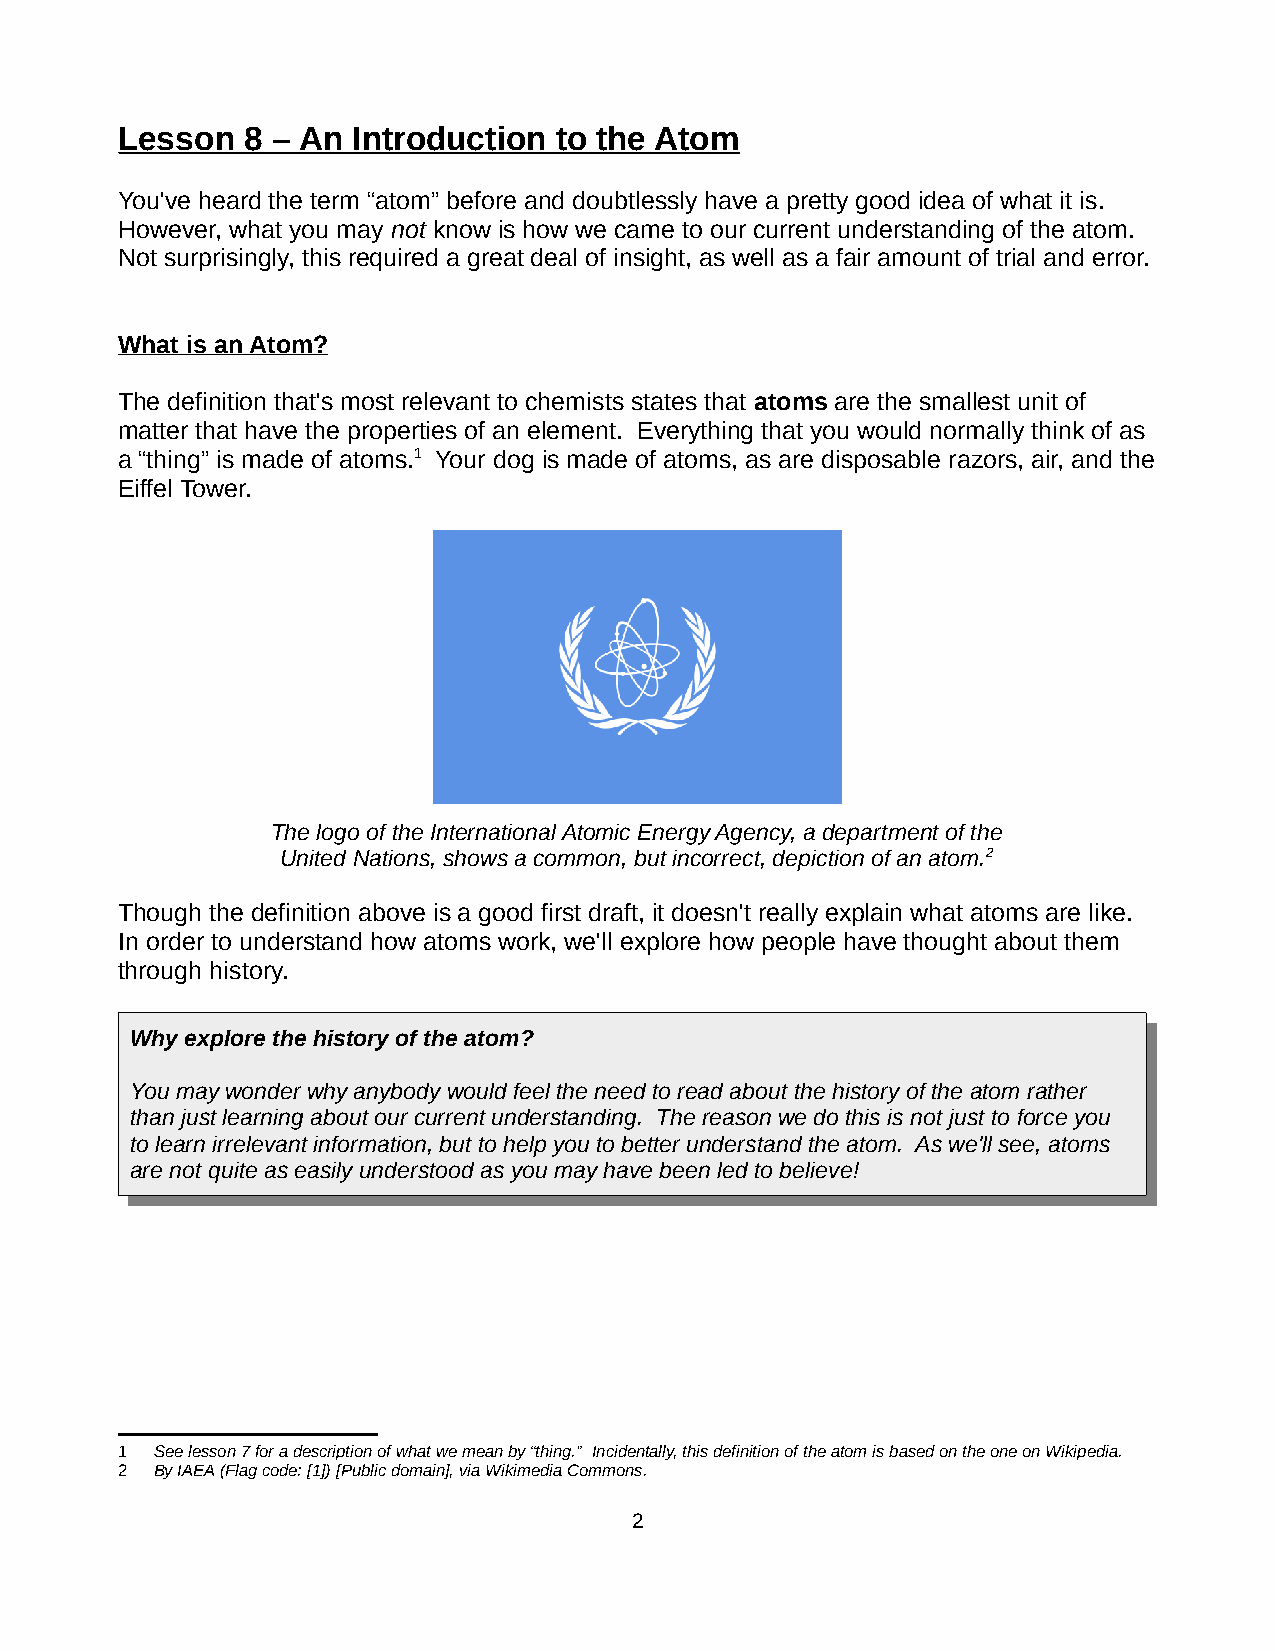
Lesson  8 – An Introduction  to the Atom
 You've heard the term “atom” before and doubtlessly have a pretty good idea of what it is.
 However, what you may not know is how we came to our current understanding of the atom.
 Not surprisingly, this required a great deal of insight, as well as a fair amount of trial and error.
 What is an Atom?
 The definition that's most relevant to chemists states that atoms are the smallest unit of
 matter that have the properties of an element. Everything that you would normally think of as
 a “thing” is made of atoms.1 Your dog is made of atoms, as are disposable razors, air, and the
 Eiffel Tower.
 The logo of the International Atomic Energy Agency, a department of the
 United Nations, shows a common, but incorrect, depiction of an atom.2
 Though the definition above is a good first draft, it doesn't really explain what atoms are like.
 In order to understand how atoms work, we'll explore how people have thought about them
 through history.
 Why explore the history of the atom?
 You may wonder why anybody would feel the need to read about the history of the atom rather
 than just learning about our current understanding. The reason we do this is not just to force you
 to learn irrelevant information, but to help you to better understand the atom. As we'll see, atoms
 are not quite as easily understood as you may have been led to believe!
 1 See lesson 7 for a description of what we mean by “thing.” Incidentally, this definition of the atom is based on the one on Wikipedia.
 2 By IAEA (Flag code: [1]) [Public domain], via Wikimedia Commons.
 2